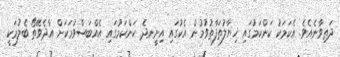
ދަތިވާނެއެވެ. އެކަމަކު ކަންކަމުގައި ޚިޔާލުތަފާތުވުމުން އެކުގައި އިށީނދެ ކަންކަމުގައި އެއްބަސްވުމަކަށް އާދެވޭތޯ ބެލުމަކީ